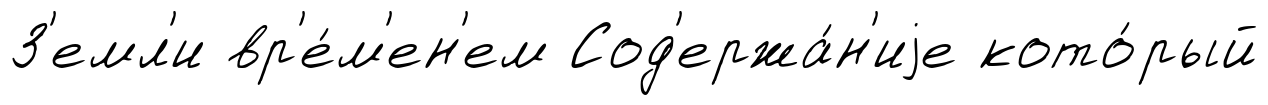
З'емл'и вр'е́м'ен'ем Сод'ержа́н'иjе кото́рый